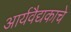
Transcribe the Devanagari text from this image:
आर्यवैद्यकाचे